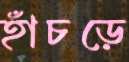
হাঁচড়ে